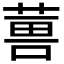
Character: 𮐇